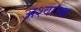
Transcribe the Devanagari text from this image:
अश्वाच्या